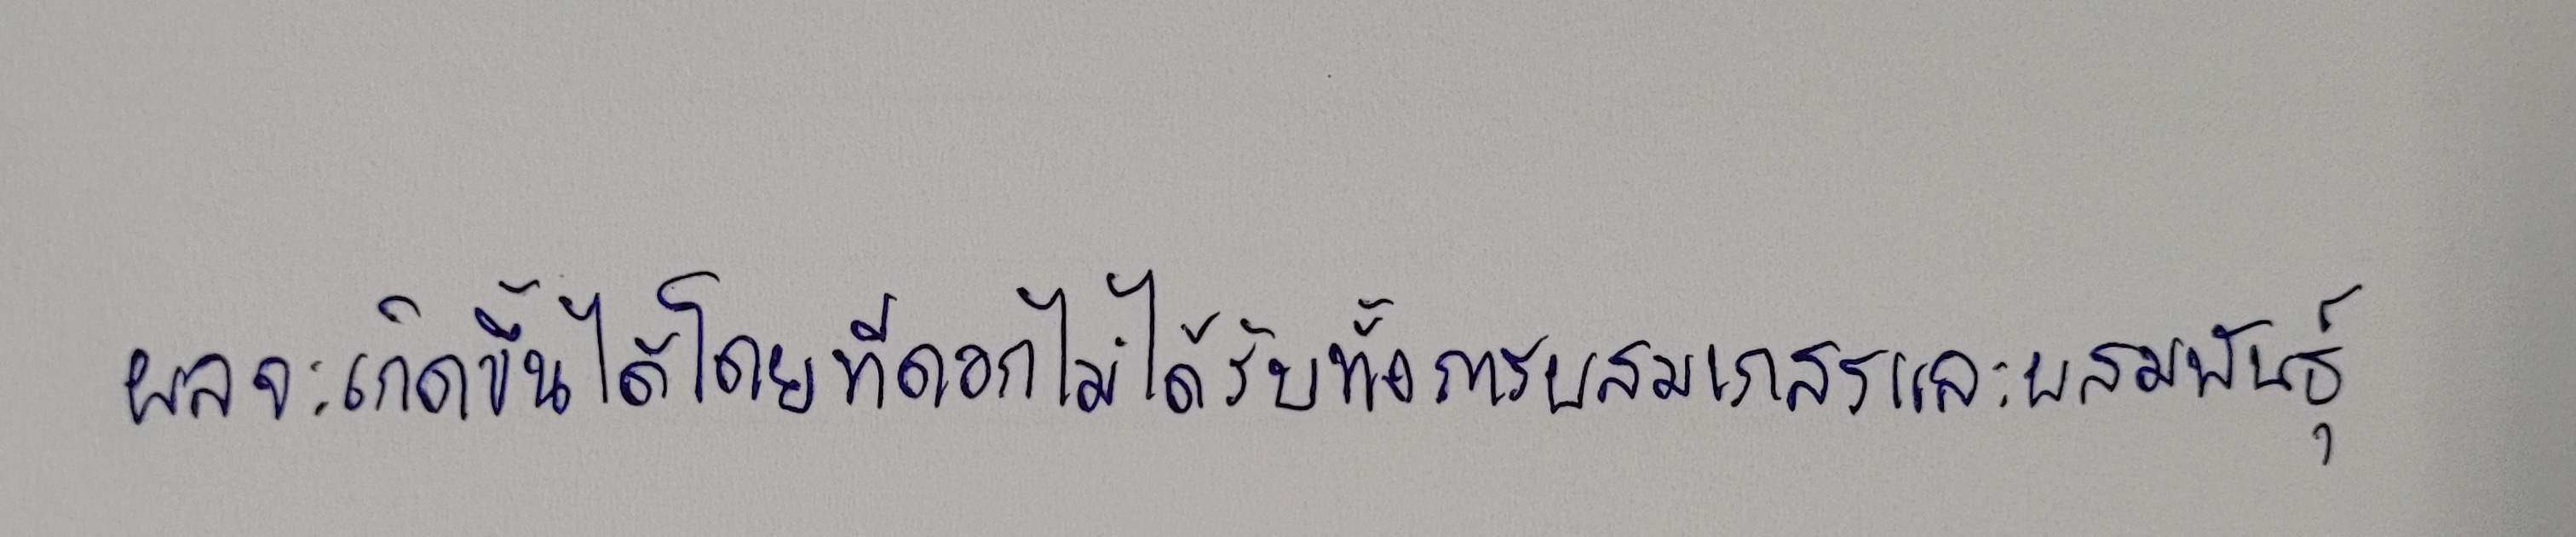
ผลจะเกิดขึ้นได้โดยที่ดอกไม่ได้รับทั้งการผสมเกสรและผสมพันธุ์